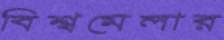
বিশ্বমেলার